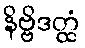
နိဗ္ဗိဒတ္ထံ